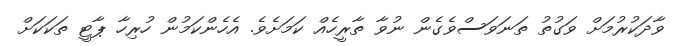
ވާދަކުރުމަށް ވަގުތު ތަނަވަސްވެގެން ނުވާ ތާރީހެއް ކަމަށެވެ. އެހެންކަމުން ހުރިހާ ޕާޓީ ތަކަކަށް